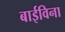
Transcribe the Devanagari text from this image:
बाईविना